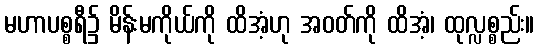
မဟာပစ္စရီ၌ မိန်းမကိုယ်ကို ထိအံ့ဟု အဝတ်ကို ထိအံ့၊ ထုလ္လစ္စည်း။